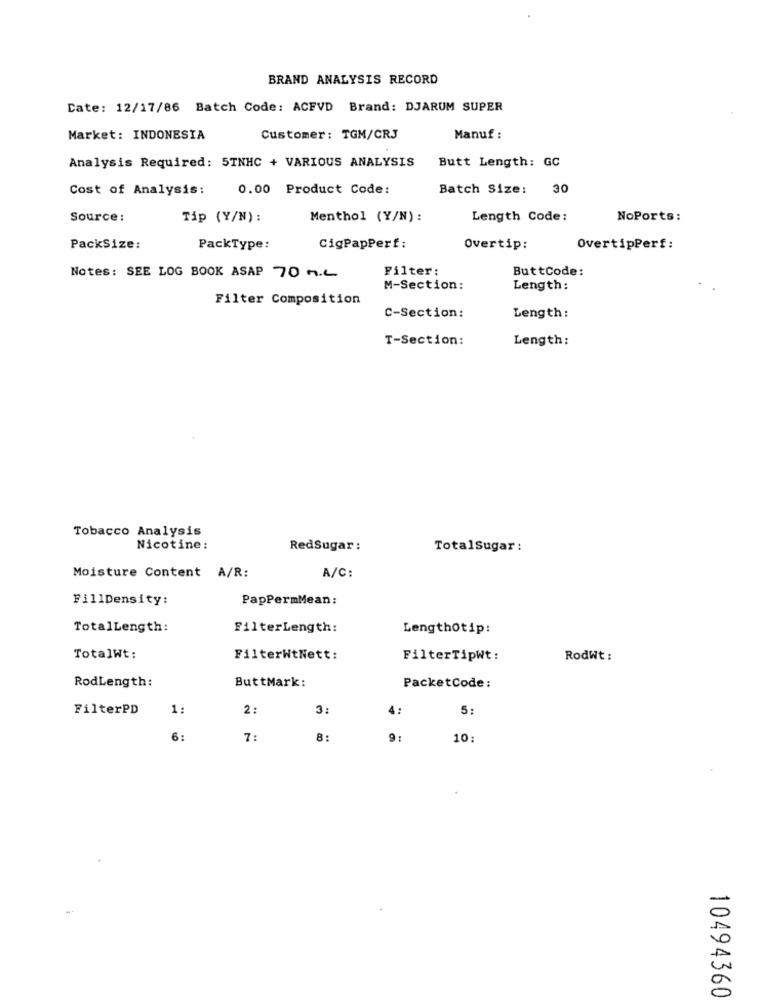
BRAND ANALYSIS RECORD
Date: 12/17/86 Batch Code: ACFVD Brand: DJARUM SUPER
Market: INDONESIA
Customer: TGM/CRJ
Manuf :
Analysis Required: 5TNHC + VARIOUS ANALYSIS
Butt Length: GC
Cost of Analysis:
0.00 Product Code:
Batch Size:
30
Source :
Tip (Y/N):
Menthol (Y/N):
Length Code:
NoPorts:
PackSize:
PackType:
CigPapPerf:
Overtip:
OvertipPerf:
Filter:
ButtCode:
Notes: SEE LOG BOOK ASAP 70 M.L
M-Section:
Length:
Filter Composition
C-Section:
Length:
T-Section:
Length:
Tobacco Analysis
Nicotine:
RedSugar :
TotalSugar :
A/C:
Moisture Content A/R:
FillDensity:
PapPermMean:
TotalLength:
FilterLength:
Lengthotip:
TotalWt:
FilterWtNett:
FilterTipWt:
RodWt :
RodLength:
ButtMark:
PacketCode:
FilterPD
1:
2 :
3:
4 :
5:
6:
7:
8:
9:
10:
10494360